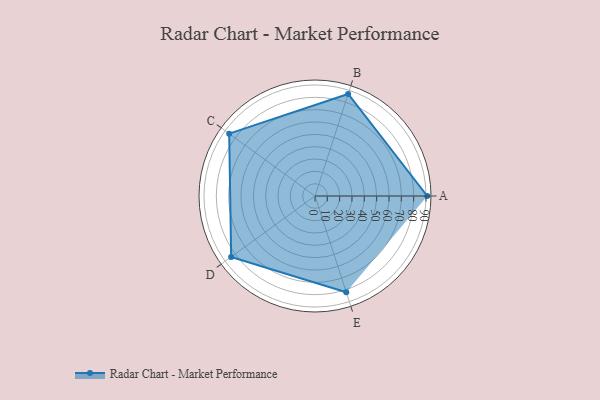
{"axis": {"x": "Skill", "y": "Score"}, "legend": ["Profile"], "data": [{"x": "A", "y": 91.0, "type": "Profile"}, {"x": "B", "y": 87.0, "type": "Profile"}, {"x": "C", "y": 86.0, "type": "Profile"}, {"x": "D", "y": 84.0, "type": "Profile"}, {"x": "E", "y": 82.0, "type": "Profile"}]}